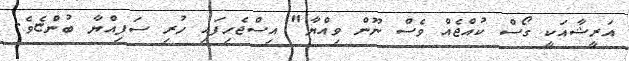
އަރީޝާއަކީ ގޯސް ކުއްޖެއް ވެސް ނޫން ވިއްޔާ" އިސްޖެހިފައި ހުރި ސަފިއްޔާ ބުންޏެވެ.